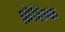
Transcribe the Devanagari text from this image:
फ़ैलिक